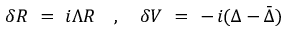
\delta R ~ = ~ i \Lambda R ~ ~ ~ , ~ ~ ~ \delta V ~ = ~ - \, i ( \Delta - \bar { \Delta } )